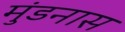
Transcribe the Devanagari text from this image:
मुंडनास